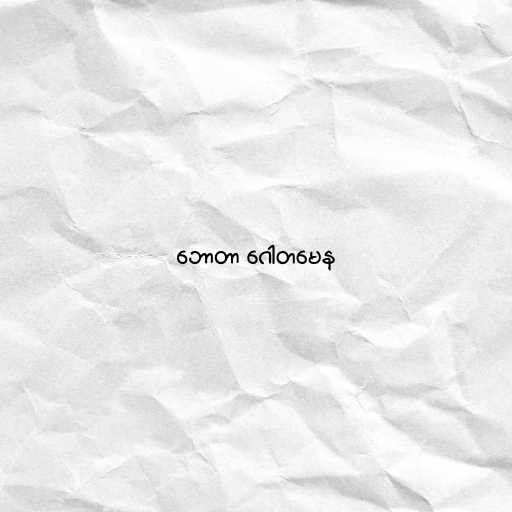
ဘောတာ ဂေါတမေန